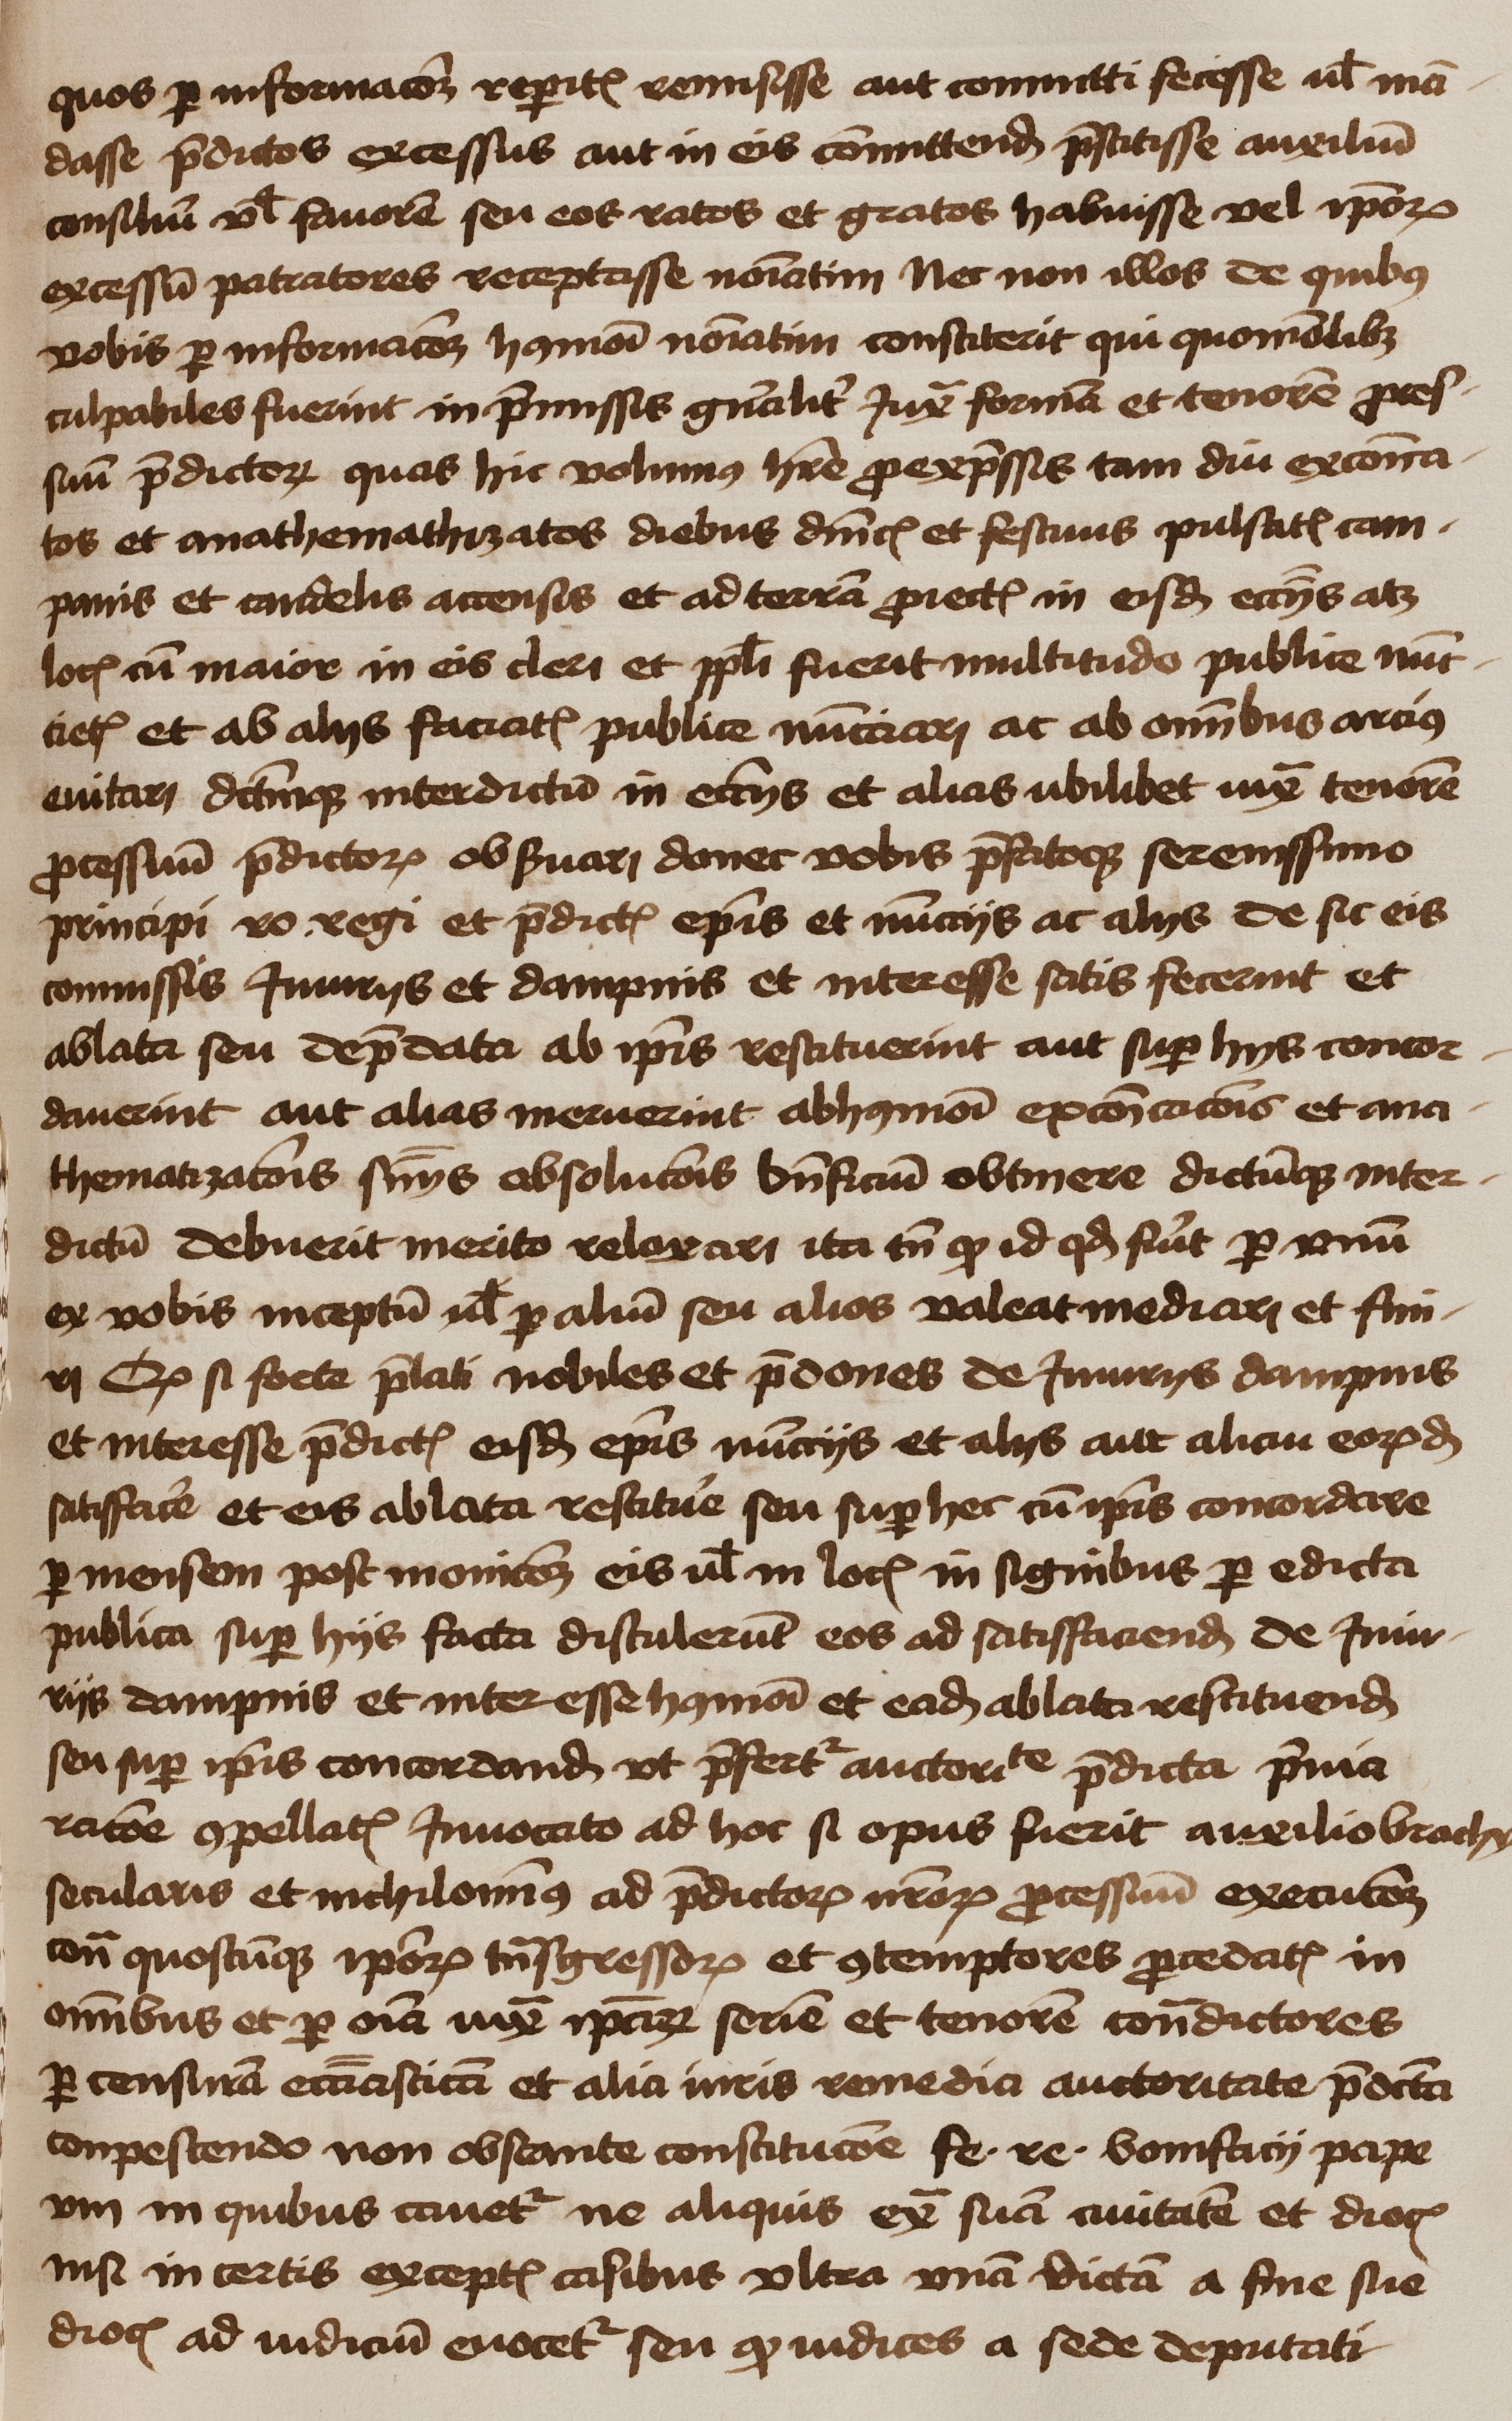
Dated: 1450–1474